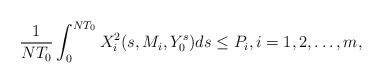
LaTeX: \begin{align*} \frac{1}{N T_0} \int_0^{N T_0} X^2_i(s, M_i, Y_0^s) ds \leq P_i, i = 1, 2, \ldots, m,\end{align*}